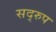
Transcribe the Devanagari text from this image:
सद्‌रुप